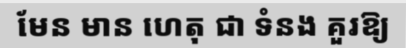
មែន មាន ហេតុ ជា ទំនង គួរឱ្យ